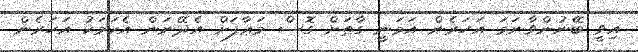
އިވީ ބޭނުންވާނަމަ އަހަރެން އަމަނީ ގާތަށް ގޮސް މަޢާފަށް އެދޭނަން އެކަމަކު އަހަރެން